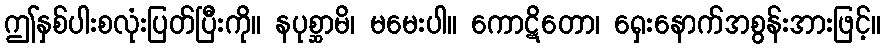
ဤနှစ်ပါးစလုံးပြတ်ပြီးကို။ နပုစ္ဆာမိ၊ မမေးပါ။ ကောဋိတော၊ ရှေးနောက်အစွန်းအားဖြင့်။